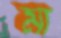
মা